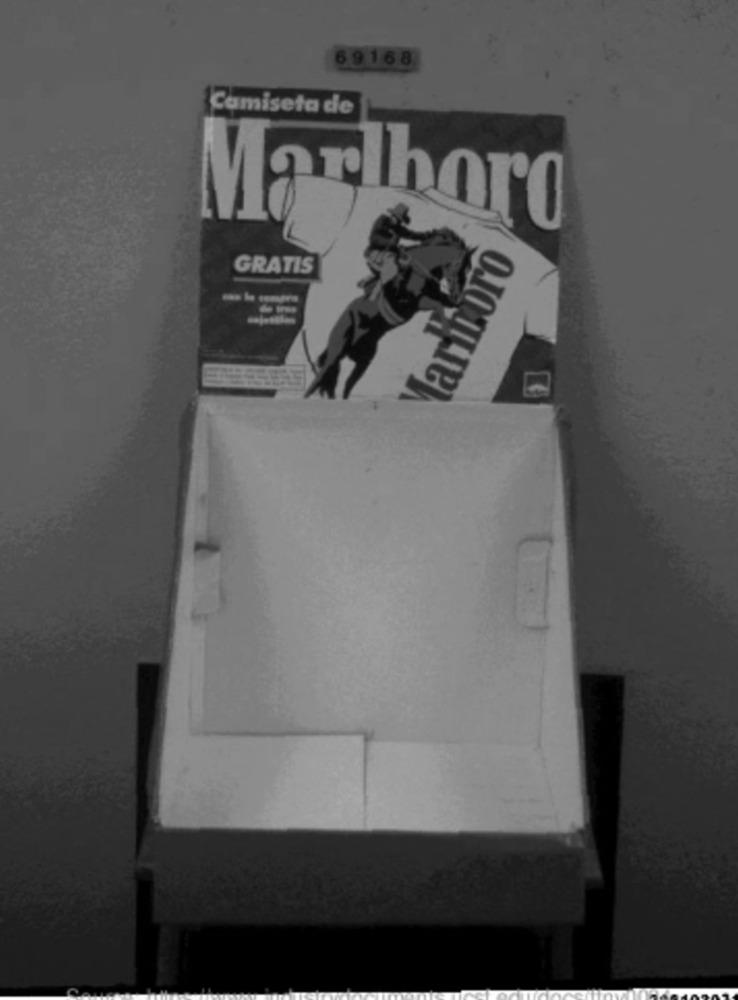
69168
Camiseta de
Marlboro
Maritoro
GRATIS